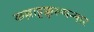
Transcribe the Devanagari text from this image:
कल्लाट्टक्कुरुप्पन्मार